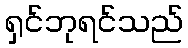
ရှင်ဘုရင်သည်